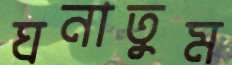
ঘনাতুম